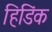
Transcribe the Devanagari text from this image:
हिडिंक